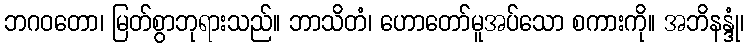
ဘဂဝတော၊ မြတ်စွာဘုရားသည်။ ဘာသိတံ၊ ဟောတော်မူအပ်သော စကားကို။ အဘိနန္ဒုံ၊